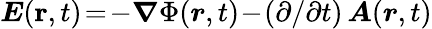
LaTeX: \boldsymbol{E}(\textbf{r},t)\! =\! -\boldsymbol{\nabla}\Phi(\boldsymbol{r},t)\! -\! (\partial/\partial t)\, \boldsymbol{A}(\boldsymbol{r},t)